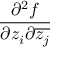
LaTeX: \frac { \partial ^ { 2 } f } { \partial z _ { i } \partial { \overline { { z _ { j } } } } }